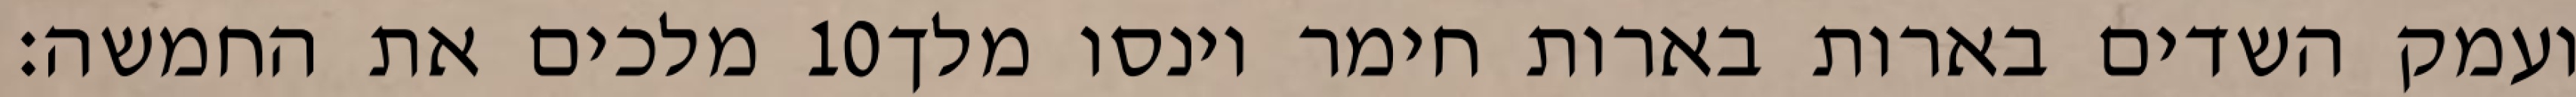
מלכים את החמשה׃ ‎10‏ ועמק השדים בארות בארות חימר וינסו מלך